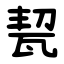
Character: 㼤